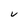
Character: V